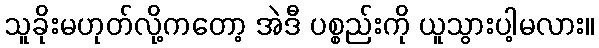
သူခိုးမဟုတ်လို့ကတော့ အဲဒီ ပစ္စည်းကို ယူသွားပါ့မလား။